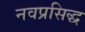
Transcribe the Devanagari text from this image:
नवप्रसिद्ध